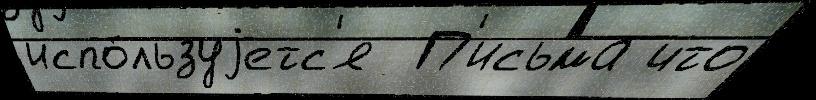
испо́льзуjетс'я  П'исьма что